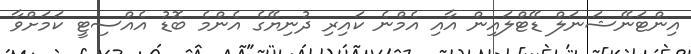
އިންޓަނޭޝަނަލް ޑޭޓްލައިން އާއި އެމްނެ ކައިރި ދުނިޔޭގެ އެންމެ ބޮޑު އެއްސިޓީ ކަމަށްވާ